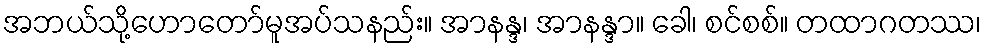
အဘယ်သို့ဟောတော်မူအပ်သနည်း။ အာနန္ဒ၊ အာနန္ဒာ။ ခေါ၊ စင်စစ်။ တထာဂတဿ၊